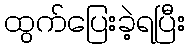
ထွက်ပြေးခဲ့ရပြီး